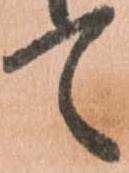
て